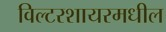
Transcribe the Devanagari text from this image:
विल्टरशायरमधील